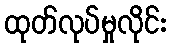
ထုတ်လုပ်မှုလိုင်း